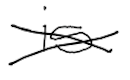
Text: is
Cross-out: cross
Writing tool: digital_black